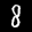
Label: 8